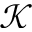
\mathcal { K }